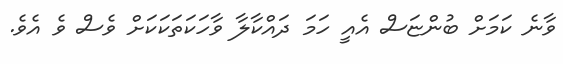
ވާނެ ކަމަށް ބުންޏަސް އެއީ ހަމަ ދައްކާލާ ވާހަކަތަކަކަށް ވެސް ވެ އެވެ.